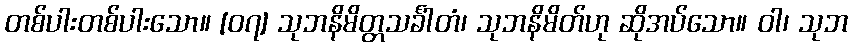
တစ်ပါးတစ်ပါးသော။ [၀၇] သုဘနိမိတ္တသင်္ခါတံ၊ သုဘနိမိတ်ဟု ဆိုအပ်သော။ ဝါ၊ သုဘ